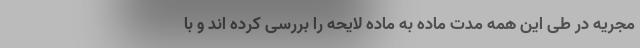
مجریه در طی این همه مدت ماده به ماده لایحه را بررسی کرده اند و با